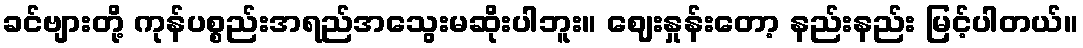
ခင်ဗျားတို့ ကုန်ပစ္စည်းအရည်အသွေးမဆိုးပါဘူး။ ဈေးနှုန်းတော့ နည်းနည်း မြင့်ပါတယ်။